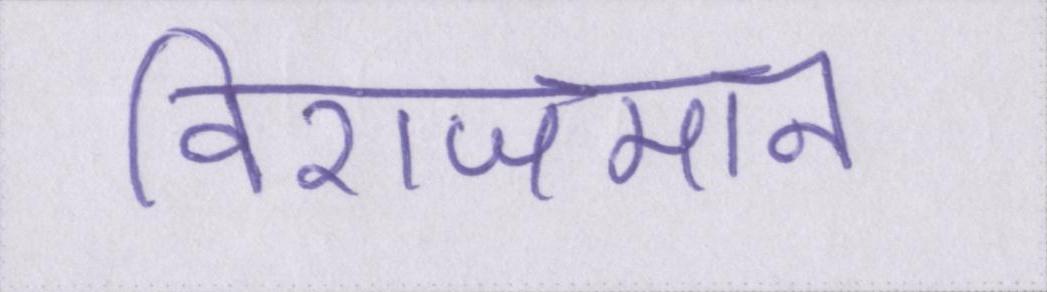
विराजमान